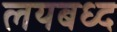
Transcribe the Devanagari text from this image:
लयबध्द